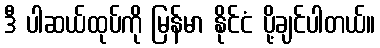
ဒီ ပါဆယ်ထုပ်ကို မြန်မာ နိုင်ငံ ပို့ချင်ပါတယ်။